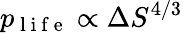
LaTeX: p_{\mathrm{~l~i~f~e~}}\propto\Delta S^{4/3}